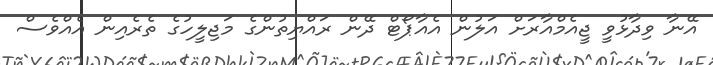
އޭނާ ވިދާޅުވީ ޖީއެމްއާރަށް އަލުން އެއާޕޯޓް ދޭން ރައްޔިތުންގެ މަޖިލީހުގެ ތެރެއިން އެއްވެސް